Cholera in southern India
Disease focus: Cholera
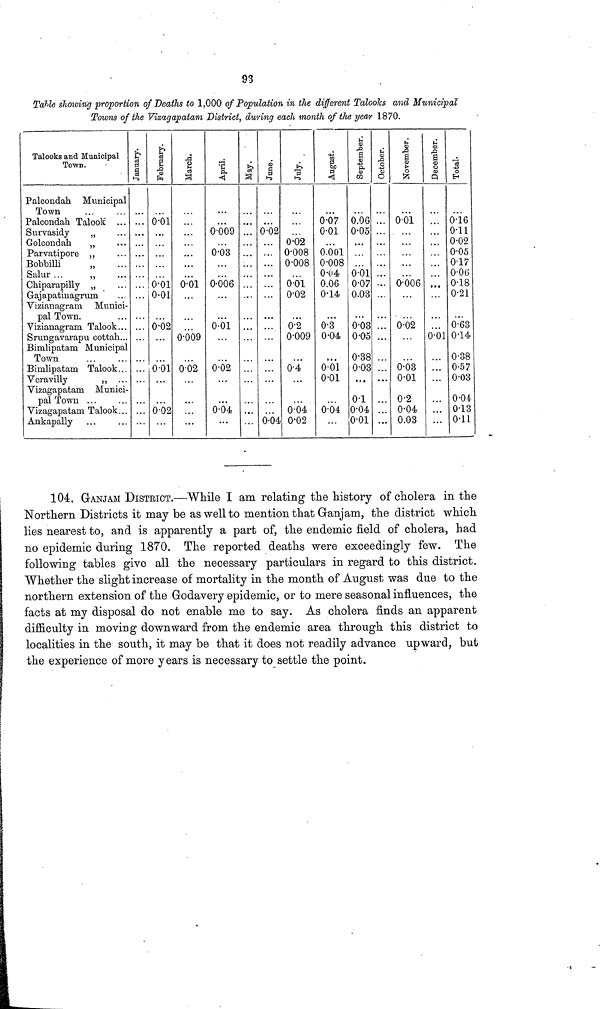
93
(Table showing proportion of Deaths to 1,000 of Population in the different Talooks and Municipal
Towns of the Vizagapatam District, during each month of the yew 1870.
Talooks and Municipal
Town.
Palcondah Municipal
Town
Palcondah Talook ...
Survasidy
„
Golcondah
„
Parvatipore „
Bobbilli
„
Salur...
Chiparapilly „
Gajapatinagrum
Vizianagram Munici-
pal Town.
Vizianagram Talook...
Srungavarapu cottah...
Bimlipatam Municipal
Town
Bimlipatam Talook...
Veravilly
,,
Vizagapatam Munici-
pal Town ...
Vizagapatam Talook...
Ankapally
January. February.
0.01
0.01
0.01
0.02
0.01
0.02
March.
0.01
0.009
0.02
April.
0009
0.03
0.006
0.01
0.02
0.04
...
May.
...
...
...
June.
0.02
...
0.04
July.
0.02
0.008
0.008
0.01
0.02
0.2
0.009
0.4
0.04
0.02
August.
0.07
0.01
0.001
0.008
0.04
0.06
0.14
0.3
0.04
0.01
0.01
0.04
September.
0.06
0.05
0.01
0.07
0.03
0.03
0.05
0.38
0.03
...
0.1
0.04
0.01
October.
...
...
. • .
...
...
...
November.
0.01
0.006
0.02
0.03
0.01
0.2
0.04
0.03
December.
0.01
...
...
Total.
0.16
0.11
0.02
0.05
0.17
0.06
0.18
0.21
0.63
0.14
0.38
0.57
0.03
0.04
0.13
0.11
104. GANJAM DISTRICT.—While I am relating the history of cholera in the
Northern Districts it may be as well to mention that Ganjam, the district which
lies nearest to, and is apparently a part of, the endemic field of cholera, had
no epidemic during 1870. The reported deaths were exceedingly few. The
following tables give all the necessary particulars in regard to this district.
Whether the slight increase of mortality in the month of August was due to the
northern extension of the Godavery epidemic, or to mere seasonal influences, the
facts at my disposal do not enable me to say. As cholera finds an apparent
difficulty in moving downward from the endemic area through this district to
localities in the south, it may be that it does not readily advance upward, but
the experience of more years is necessary to settle the point.